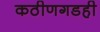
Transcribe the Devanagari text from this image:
कठीणगडही